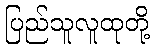
ပြည်သူလူထုတို့